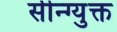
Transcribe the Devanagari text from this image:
सीन्ग्युक्त